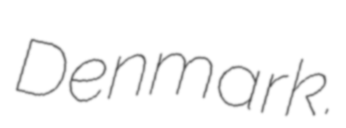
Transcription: Denmark.